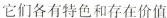
它们各有特色和存在价值